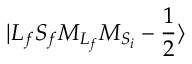
\ensuremath { \vert { L } _ { f } { S } _ { f } { M } _ { { L } _ { f } } { M } _ { { S } _ { i } } - \frac { 1 } { 2 } \rangle }